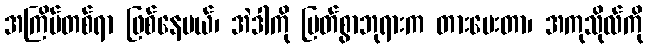
အကြိမ်တစ်ရာ ဖြစ်နေမယ်၊ အဲဒါကို မြတ်စွာဘုရားက တားပေးတာ၊ အကုသိုလ်ကို